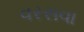
વરસવા